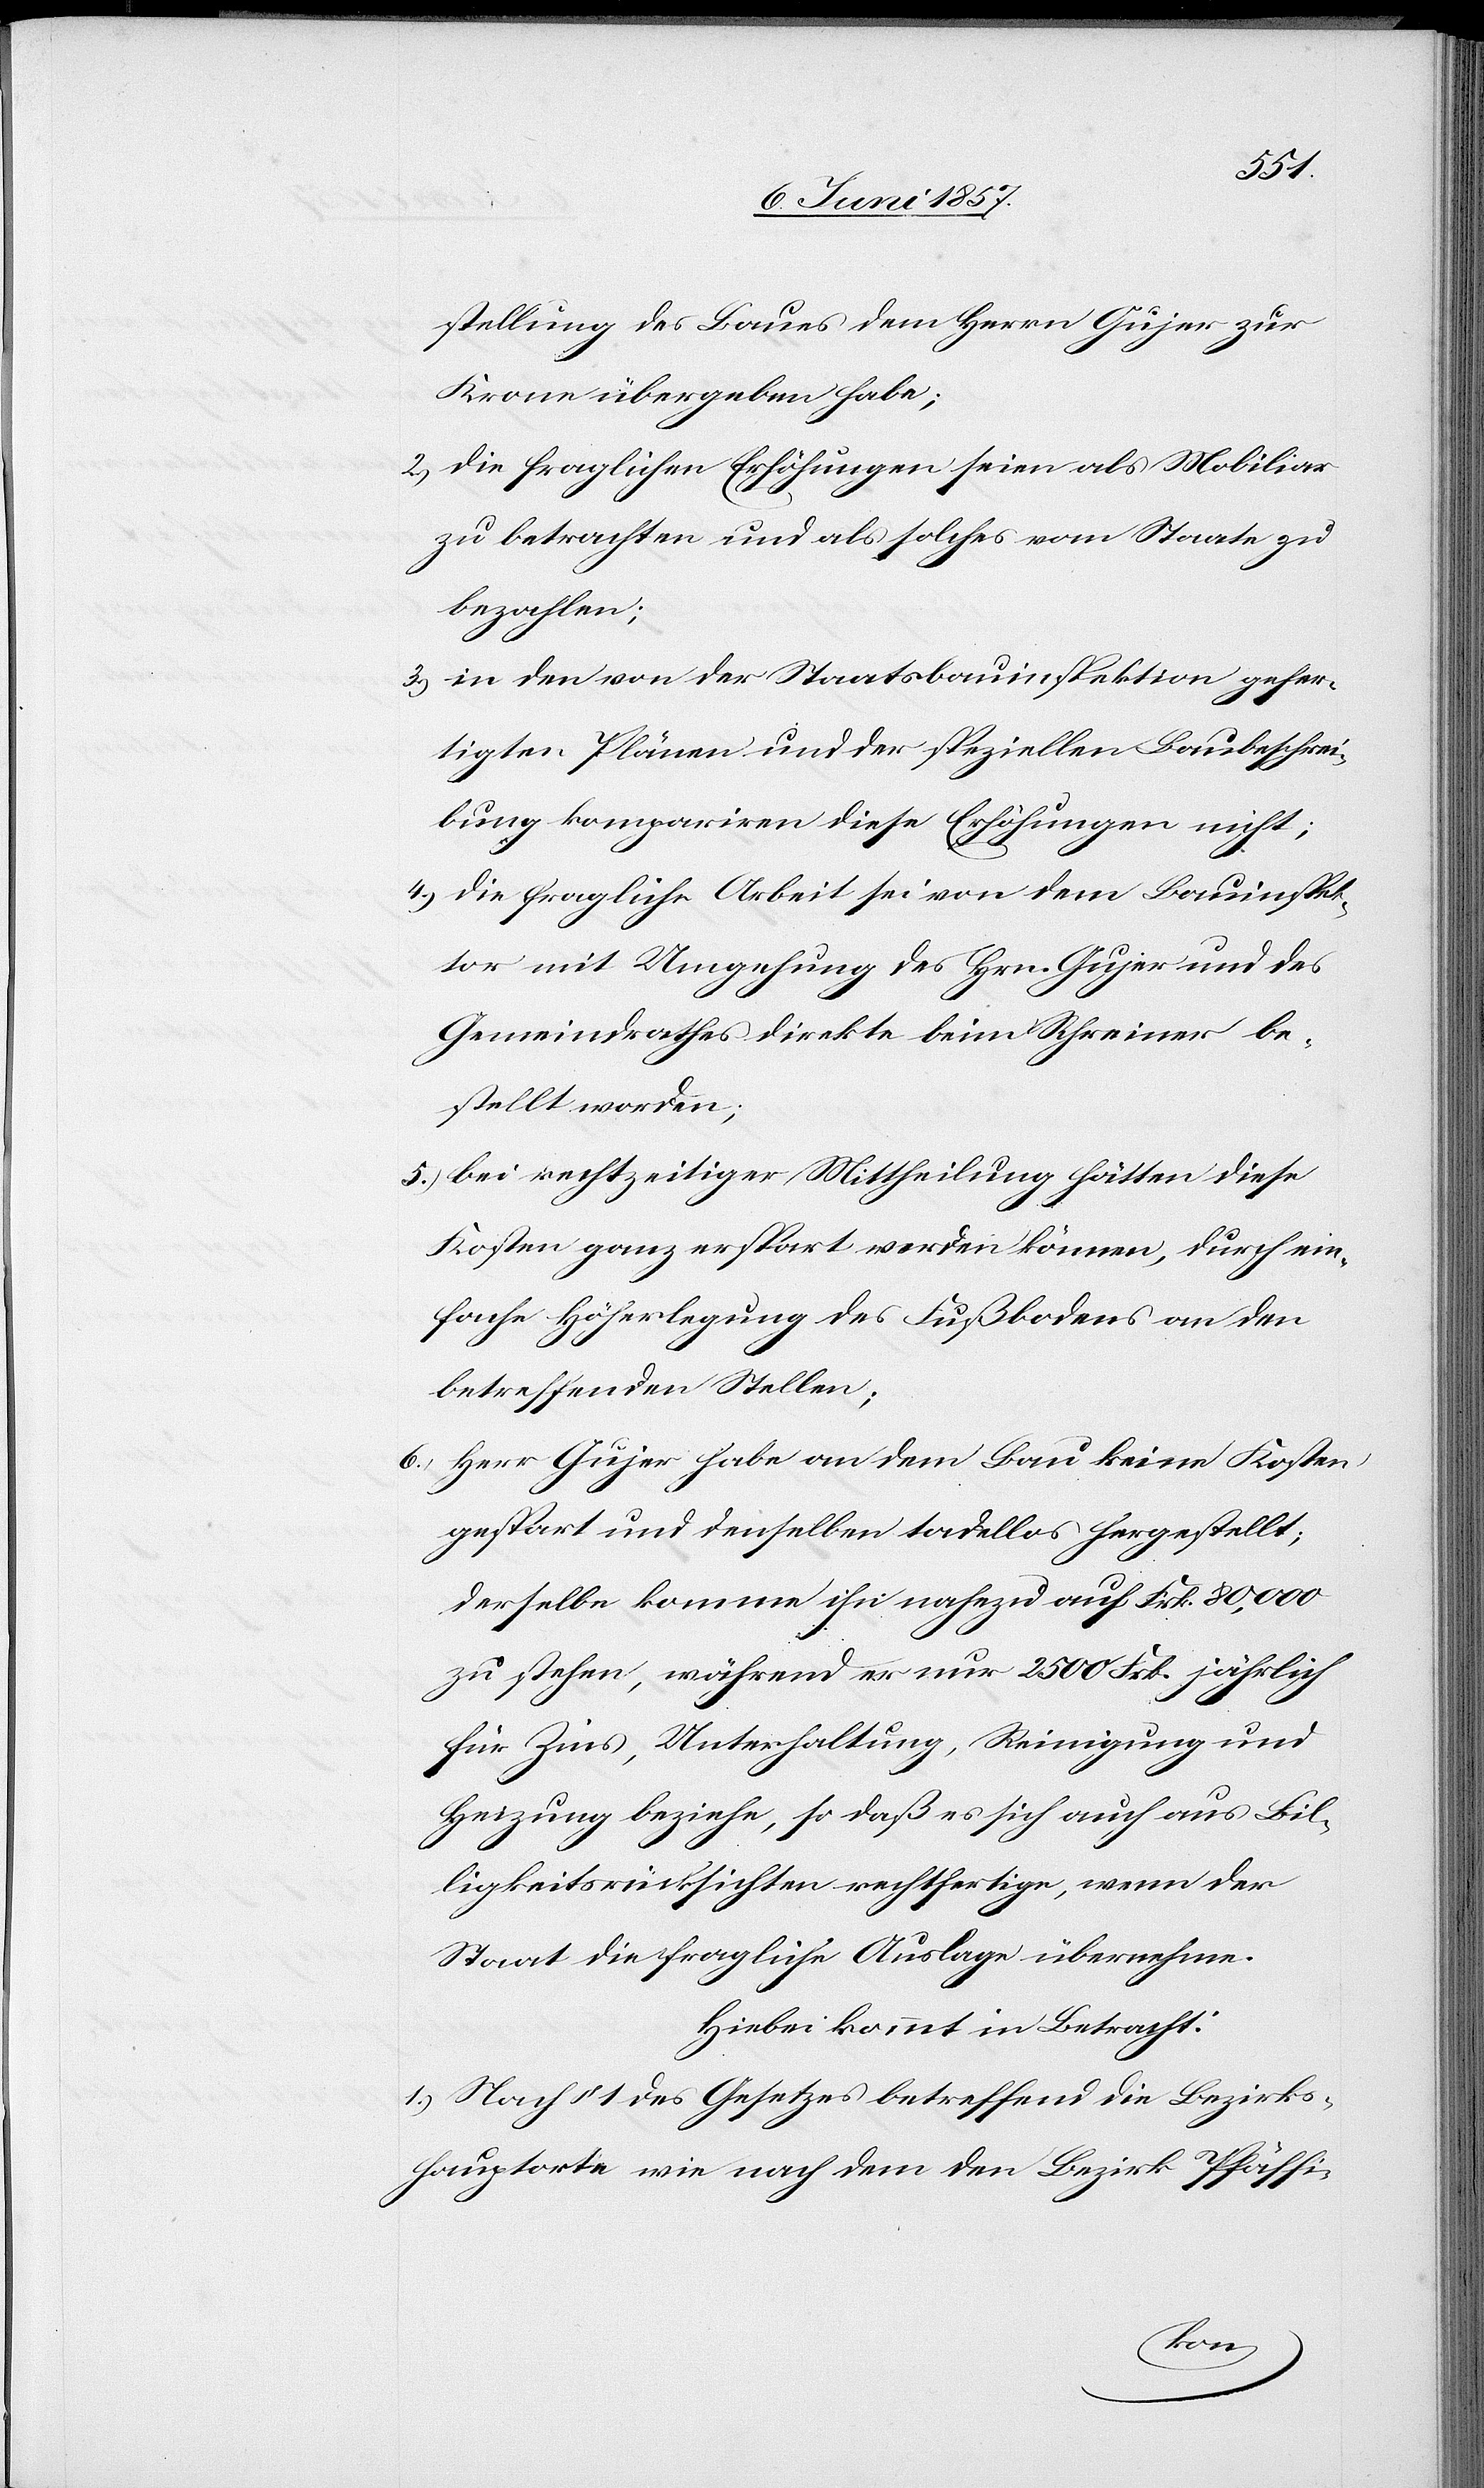
stellung des Baues dem Herrn Gujer zur
Krone übergeben habe;
2.) die fraglichen Erhöhungen seien als Mobiliar
zu betrachten und als solches vom Staate zu
bezahlen;
3.) in den von der Staatsbauinspektion gefer¬
tigten Plänen und der speziellen Baubeschrei¬
bung kompariren diese Erhöhungen nicht;
4.) die fragliche Arbeit sei von dem Bauinspek¬
tor mit Umgehung des Hrn. Gujer und des
Gemeindrathes direkte beim Schreiner be¬
stellt worden;
5.) bei rechtzeitiger Mittheilung hätten diese
Kosten ganz erspart werden können, durch ein¬
fache Höherlegung des Fußbodens an den
betreffenden Stellen;
6.) Herr Gujer habe an dem Bau keine Kosten
gespart und denselben tadellos hergestellt;
derselbe komme ihn nahezu auf Frk. 80,000
zu stehen, während er nur 2 500 Frk. jährlich
für Zins, Unterhaltung, Reinigung und
Heizung beziehe, so daß es sich auch aus Bil¬
ligkeitsrücksichten rechtfertige, wenn der
Staat die fragliche Auslage übernehme.
Hiebei kommt in Betracht:
1.) Nach § 1 des Gesetzes betreffend die Bezirks¬
hauptorte wie nach dem den Bezirk Pfäffi-